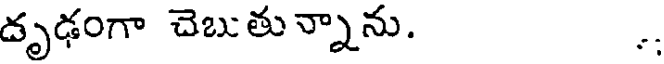
దృఢంగా చెబుతున్నాను. ..